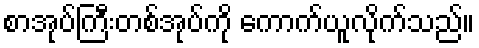
စာအုပ်ကြီးတစ်အုပ်ကို ကောက်ယူလိုက်သည်။